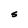
Character: S